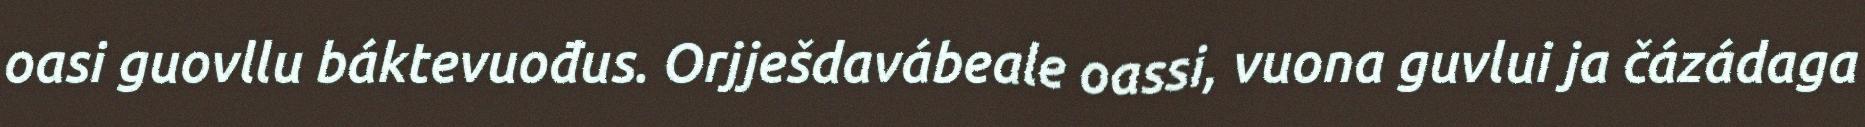
oasi guovllu báktevuođus. Orjješdavábeale oassi, vuona guvlui ja čázádaga